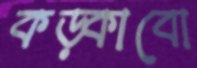
কড়্‌কাবো